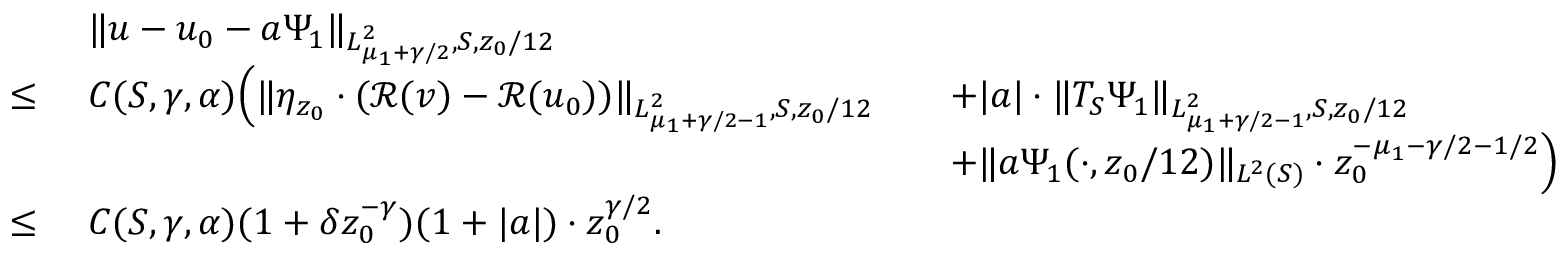
\begin{array} { r l r l } & { \ \| u - u _ { 0 } - a \Psi _ { 1 } \| _ { L _ { \mu _ { 1 } + \gamma / 2 } ^ { 2 } , S , z _ { 0 } / 1 2 } } & & { } \\ { \leq } & { \ C ( S , \gamma , \alpha ) \Big ( \| \eta _ { z _ { 0 } } \cdot ( \mathscr { R } ( v ) - \mathscr { R } ( u _ { 0 } ) ) \| _ { L _ { \mu _ { 1 } + \gamma / 2 - 1 } ^ { 2 } , S , z _ { 0 } / 1 2 } } & & { + | a | \cdot \| T _ { S } \Psi _ { 1 } \| _ { L _ { \mu _ { 1 } + \gamma / 2 - 1 } ^ { 2 } , S , z _ { 0 } / 1 2 } } \\ & { \ } & & { + \| a \Psi _ { 1 } ( \cdot , z _ { 0 } / 1 2 ) \| _ { L ^ { 2 } ( S ) } \cdot z _ { 0 } ^ { - \mu _ { 1 } - \gamma / 2 - 1 / 2 } \Big ) } \\ { \leq } & { \ C ( S , \gamma , \alpha ) ( 1 + \delta z _ { 0 } ^ { - \gamma } ) ( 1 + | a | ) \cdot z _ { 0 } ^ { \gamma / 2 } . } & & { } \end{array}